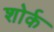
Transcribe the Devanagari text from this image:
शोर्क